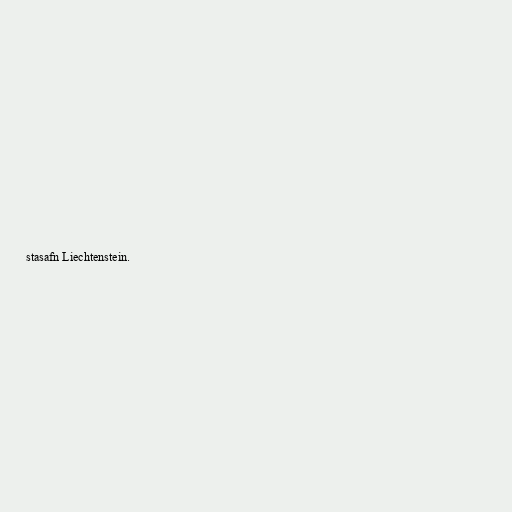
stasafn Liechtenstein.